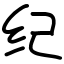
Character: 纪